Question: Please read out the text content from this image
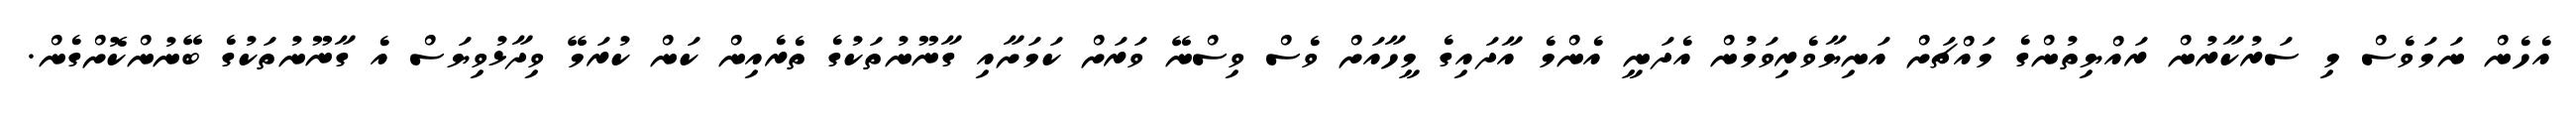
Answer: އެހެން ނަމަވެސް މި ސަރުކާރުން ރައްޔިތުންގެ މައްޗަށް އަނިޔާވެރިވަމުން އެދަނީ އެންމެ އާދައިގެ މީހާއަށް ވެސް ވިސްނޭ ވަރަށް ކަމަށާއި ގާނޫނުތަކުގެ ތެރެއިން ކަން ކުރަމޭ ވިދާޅުވިޔަސް އެ ގާނޫނުތަކުގެ ބޭނުންކޮށްގެން.